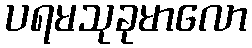
ပရမသုခုမာလော